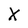
Character: X